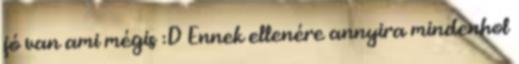
jó van ami mégis :D Ennek ellenére annyira mindenhol